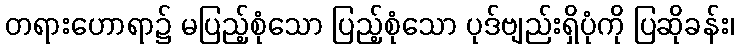
တရားဟောရာ၌ မပြည့်စုံသော ပြည့်စုံသော ပုဒ်ဗျည်းရှိပုံကို ပြဆိုခန်း၊